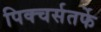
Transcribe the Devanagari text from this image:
पिक्चर्सतर्फे